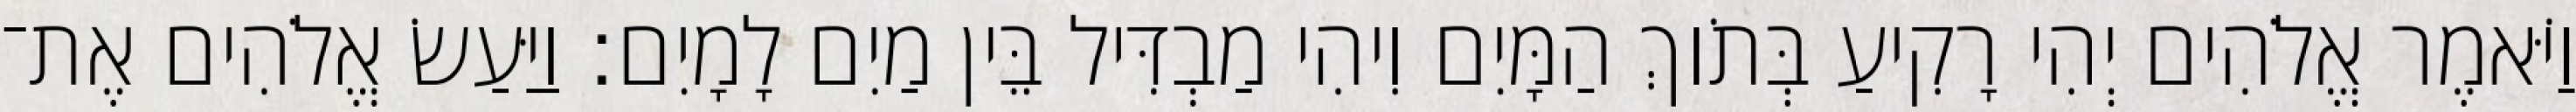
וַיֹּאמֶר אֱלֹהִים יְהִי רָקִיעַ בְּתֹוךְ הַמָּיִם וִיהִי מַבְדִּיל בֵּין מַיִם לָמָיִם׃ וַיַּעַשׂ אֱלֹהִים אֶת־